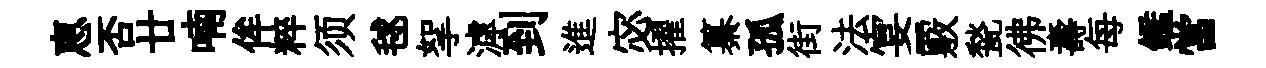
恵否廿喃侔粹须毬挐滹到進宓擢纂孤街法宴覈甃彿壽每鑑當